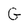
Character: G